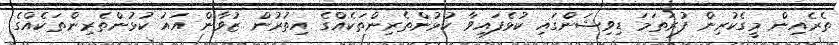
ތެރެއިން މީގެކުރިން ފުރަތަމަ ޑިވިޝަންގައި ކުޅެފައިވާ ކުޅުންތެރިންތަކެއްގެ އިތުރުން ޒުވާން އައު ކުޅުންތެރިންތަކެއްގެ